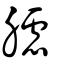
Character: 𦢛